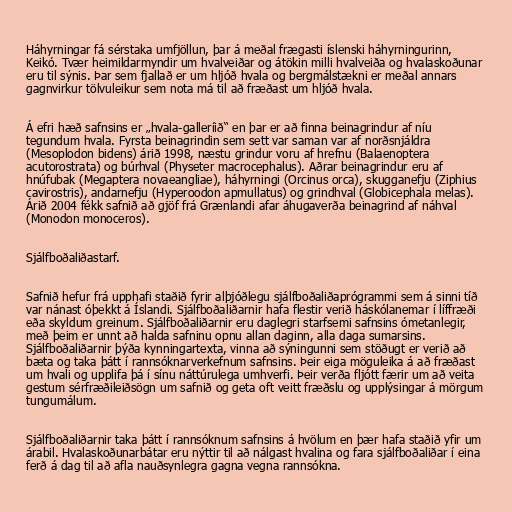
Háhyrningar fá sérstaka umfjöllun, þar á meðal frægasti íslenski háhyrningurinn,
Keikó. Tvær heimildarmyndir um hvalveiðar og átökin milli hvalveiða og hvalaskoðunar
eru til sýnis. Þar sem fjallað er um hljóð hvala og bergmálstækni er meðal annars
gagnvirkur tölvuleikur sem nota má til að fræðast um hljóð hvala.

Á efri hæð safnsins er „hvala-galleríið“ en þar er að finna beinagrindur af níu
tegundum hvala. Fyrsta beinagrindin sem sett var saman var af norðsnjáldra
(Mesoplodon bidens) árið 1998, næstu grindur voru af hrefnu (Balaenoptera
acutorostrata) og búrhval (Physeter macrocephalus). Aðrar beinagrindur eru af
hnúfubak (Megaptera novaeangliae), háhyrningi (Orcinus orca), skugganefju (Ziphius
cavirostris), andarnefju (Hyperoodon apmullatus) og grindhval (Globicephala melas).
Árið 2004 fékk safnið að gjöf frá Grænlandi afar áhugaverða beinagrind af náhval
(Monodon monoceros).

Sjálfboðaliðastarf.

Safnið hefur frá upphafi staðið fyrir alþjóðlegu sjálfboðaliðaprógrammi sem á sinni tíð
var nánast óþekkt á Íslandi. Sjálfboðaliðarnir hafa flestir verið háskólanemar í líffræði
eða skyldum greinum. Sjálfboðaliðarnir eru daglegri starfsemi safnsins ómetanlegir,
með þeim er unnt að halda safninu opnu allan daginn, alla daga sumarsins.
Sjálfboðaliðarnir þýða kynningartexta, vinna að sýningunni sem stöðugt er verið að
bæta og taka þátt í rannsóknarverkefnum safnsins. Þeir eiga möguleika á að fræðast
um hvali og upplifa þá í sínu náttúrulega umhverfi. Þeir verða fljótt færir um að veita
gestum sérfræðileiðsögn um safnið og geta oft veitt fræðslu og upplýsingar á mörgum
tungumálum.

Sjálfboðaliðarnir taka þátt í rannsóknum safnsins á hvölum en þær hafa staðið yfir um
árabil. Hvalaskoðunarbátar eru nýttir til að nálgast hvalina og fara sjálfboðaliðar í eina
ferð á dag til að afla nauðsynlegra gagna vegna rannsókna.